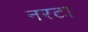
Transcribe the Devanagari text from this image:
नरटा